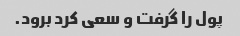
پول را گرفت و سعی کرد برود.